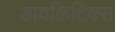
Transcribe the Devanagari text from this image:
डायक्रिटिक्स